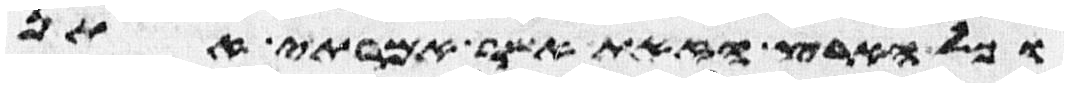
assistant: וכל הארץ הזאת אשר אמרתי אתן